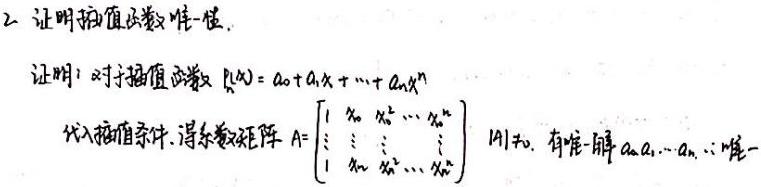
2. 证明插值函数唯一性.

证明：对于插值函数 $P(x)=a_0 + a_1x+\cdots+a_nx^n$

代入插值条件，得系数矩阵 $A = \begin{bmatrix}1&x_0&x_0^2&\cdots&x_0^n\\\vdots&\vdots&\vdots&&\vdots\\1&x_n&x_n^2&\cdots&x_n^n\end{bmatrix}$，$|A|\neq0$，有唯一解 $a_0,a_1,\cdots,a_n$，\(\therefore\) 唯一.